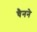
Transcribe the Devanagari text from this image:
चैनने